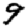
Digit: 9